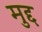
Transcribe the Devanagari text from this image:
मुद्द